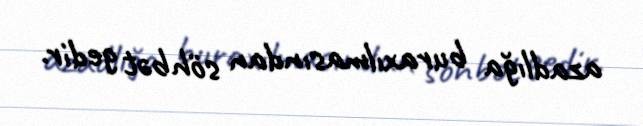
azadlığa buraxılmasından söhbət gedir.